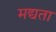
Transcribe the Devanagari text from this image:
मद्यता